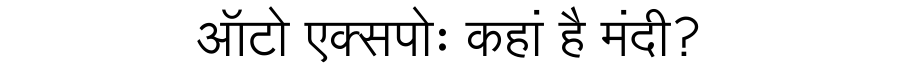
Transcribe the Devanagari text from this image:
ऑटो एक्सपोः कहां है मंदी?